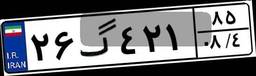
۲۶گ۴۲۱۸۵